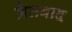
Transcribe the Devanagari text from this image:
त्रैतवाद